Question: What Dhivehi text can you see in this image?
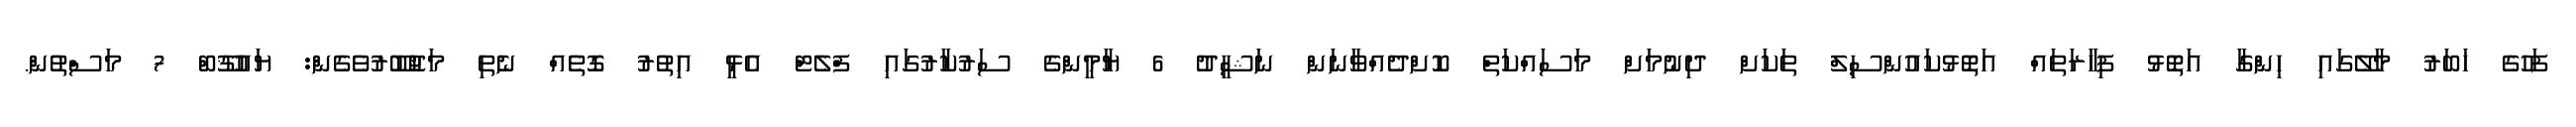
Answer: ފަހުގެ ޚަބަރު މާލޭގައި ހިންގާ އަތޮޅު ފިހާރަތައް އަތޮޅުކައުންސިލް ތަކަށް ދިނުމަށް މަސައްކަތް ކޮށްދެއްވާނަން ނަޝީދު 6 ޔާމީންގެ ސަރުކާރުގައި ފްލެޓް އެޅީ އިތުރު ގޮތެއް ނެތި މަޖުބޫރުވެގެން: ޔައުޤޫބް 7 މަސްތުން.